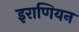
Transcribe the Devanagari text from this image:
इराणियन